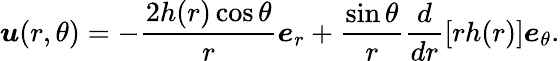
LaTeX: \boldsymbol{u}(r,\theta)=-\frac{2h(r)\cos\theta}{r}\boldsymbol{e}_{r}+\frac{\sin\theta}{r}\frac{d}{dr}[rh(r)]\boldsymbol{e}_{\theta}.